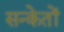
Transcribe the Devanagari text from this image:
सन्केतों